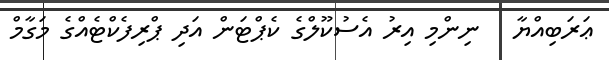
ޢަރަބިއްޔާ   ނިންމި އިރު އެސުކޫލްގެ ކެޕްޓަން އަދި ޕްރިފެކްޓެއްގެ މަގާމް